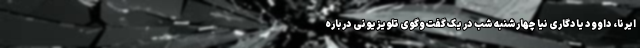
ایرنا، داوود یادگاری نیا چهارشنبه شب در یک گفت‌وگوی تلویزیونی درباره